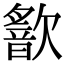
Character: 𣤣